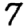
Digit: 7